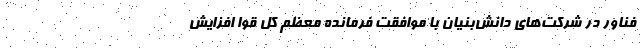
فناور در شرکت‌های دانش‌بنیان با موافقت فرمانده معظم کل قوا افزایش